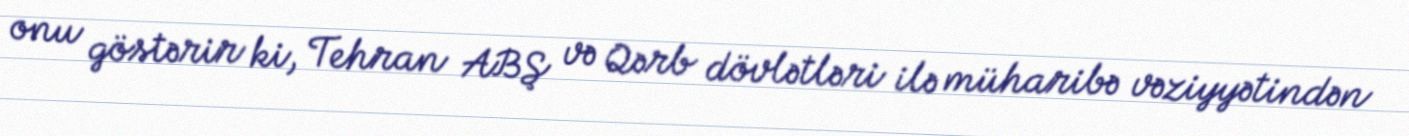
onu göstərir ki, Tehran ABŞ və Qərb dövlətləri ilə müharibə vəziyyətindən